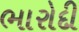
ભારોદી